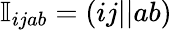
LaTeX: \mathbb{I}_{ijab}=(ij||ab)